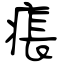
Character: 痮